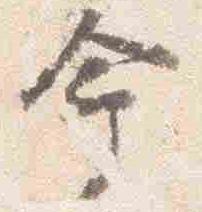
命